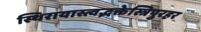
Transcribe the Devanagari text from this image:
स्थिरायास्त्वद्भक्तेस्त्रिपुरहर